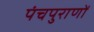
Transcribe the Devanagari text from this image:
पंचपुराणों